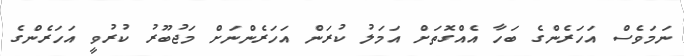
ނަމަވެސް އަހަރެންގެ ބަހާ އެއްގޮތަށް އަމަލު ކުރަން އަހަރެންނަށް މަޖުބޫރު ކުރުވީ އަހަރެންގެ